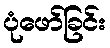
ပုံဖော်ခြင်း